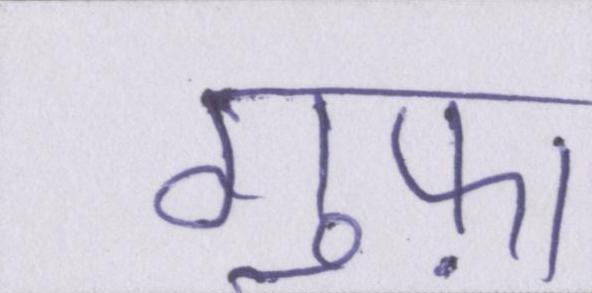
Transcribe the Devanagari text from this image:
गुफ़ा